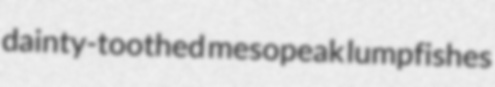
dainty-toothed mesopeak lumpfishes